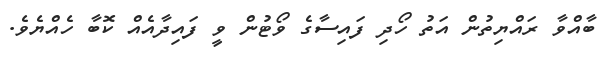
ބާއްވާ ރައްޔިތުން އަތު ހޯދި ފައިސާގެ ވޯޓުން ވީ ފައިދާއެއް ކޮބާ ހެއްޔެވެ.